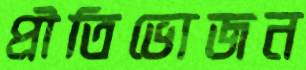
প্রীতিভোজন